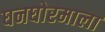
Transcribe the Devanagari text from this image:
घनघोरमाला